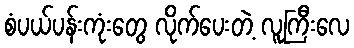
စံပယ်ပန်းကုံးတွေ လိုက်ပေးတဲ့ လူကြီးလေ